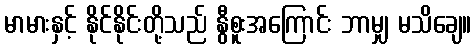
မာမားနှင့် နိုင်နိုင်းတို့သည် နွီစူးအကြောင်း ဘာမျှ မသိချေ။